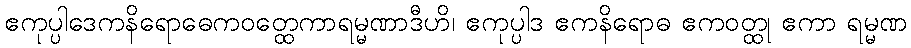
ဧကုပ္ပါဒေကနိရောဓေကဝတ္ထေကာရမ္မဏာဒီဟိ၊ ဧကုပ္ပါဒ ဧကနိရောဓ ဧကဝတ္ထု ဧကာ ရမ္မဏ